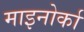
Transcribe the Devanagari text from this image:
माइनोर्का